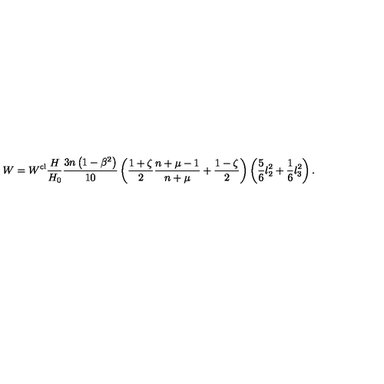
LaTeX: W = W ^ { \mathrm { c l } } \frac { H } { H _ { 0 } } \frac { 3 n \left( 1 - \beta ^ { 2 } \right) } { 1 0 } \left( \frac { 1 + \zeta } { 2 } \frac { n + \mu - 1 } { n + \mu } + \frac { 1 - \zeta } { 2 } \right) \left( \frac { 5 } { 6 } l _ { 2 } ^ { 2 } + \frac { 1 } { 6 } l _ { 3 } ^ { 2 } \right) .